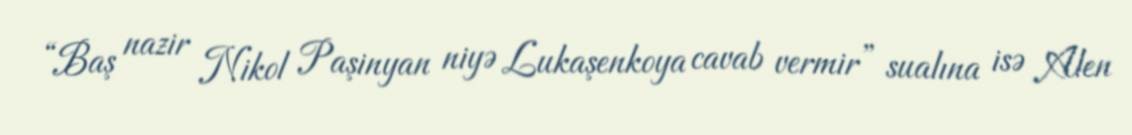
“Baş nazir Nikol Paşinyan niyə Lukaşenkoya cavab vermir” sualına isə Alen